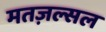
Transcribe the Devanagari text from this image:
मतज़ल्सल